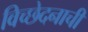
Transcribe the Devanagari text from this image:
विच्छेदनाची